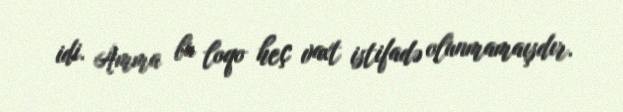
idi. Amma bu loqo heç vaxt istifadə olunmamaışdır.